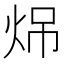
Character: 𪸧